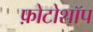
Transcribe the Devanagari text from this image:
फ़ोटोशॉप